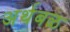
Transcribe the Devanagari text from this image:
अर्थबळ